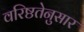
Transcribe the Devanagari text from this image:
वरिष्ठतेनुसार